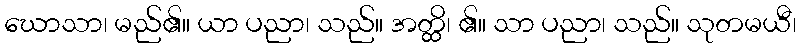
ဃောသာ၊ မည်၏။ ယာ ပညာ၊ သည်။ အတ္ထိ၊ ၏။ သာ ပညာ၊ သည်။ သုတမယီ၊